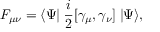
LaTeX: F _ { \mu \nu } = \langle \Psi \! \! \mid \frac { i } { 2 } [ \gamma _ { \mu } , \gamma _ { \nu } ] \mid \! \! \Psi \rangle ,